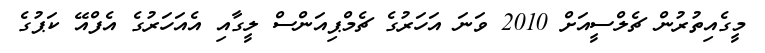
މީގެއިތުރުން ޗެލްސީއަށް 2010 ވަނަ އަހަރުގެ ޗެމްޕިއަންސް ލީގާއި އެއަހަރުގެ އެފްއޭ ކަޕުގެ